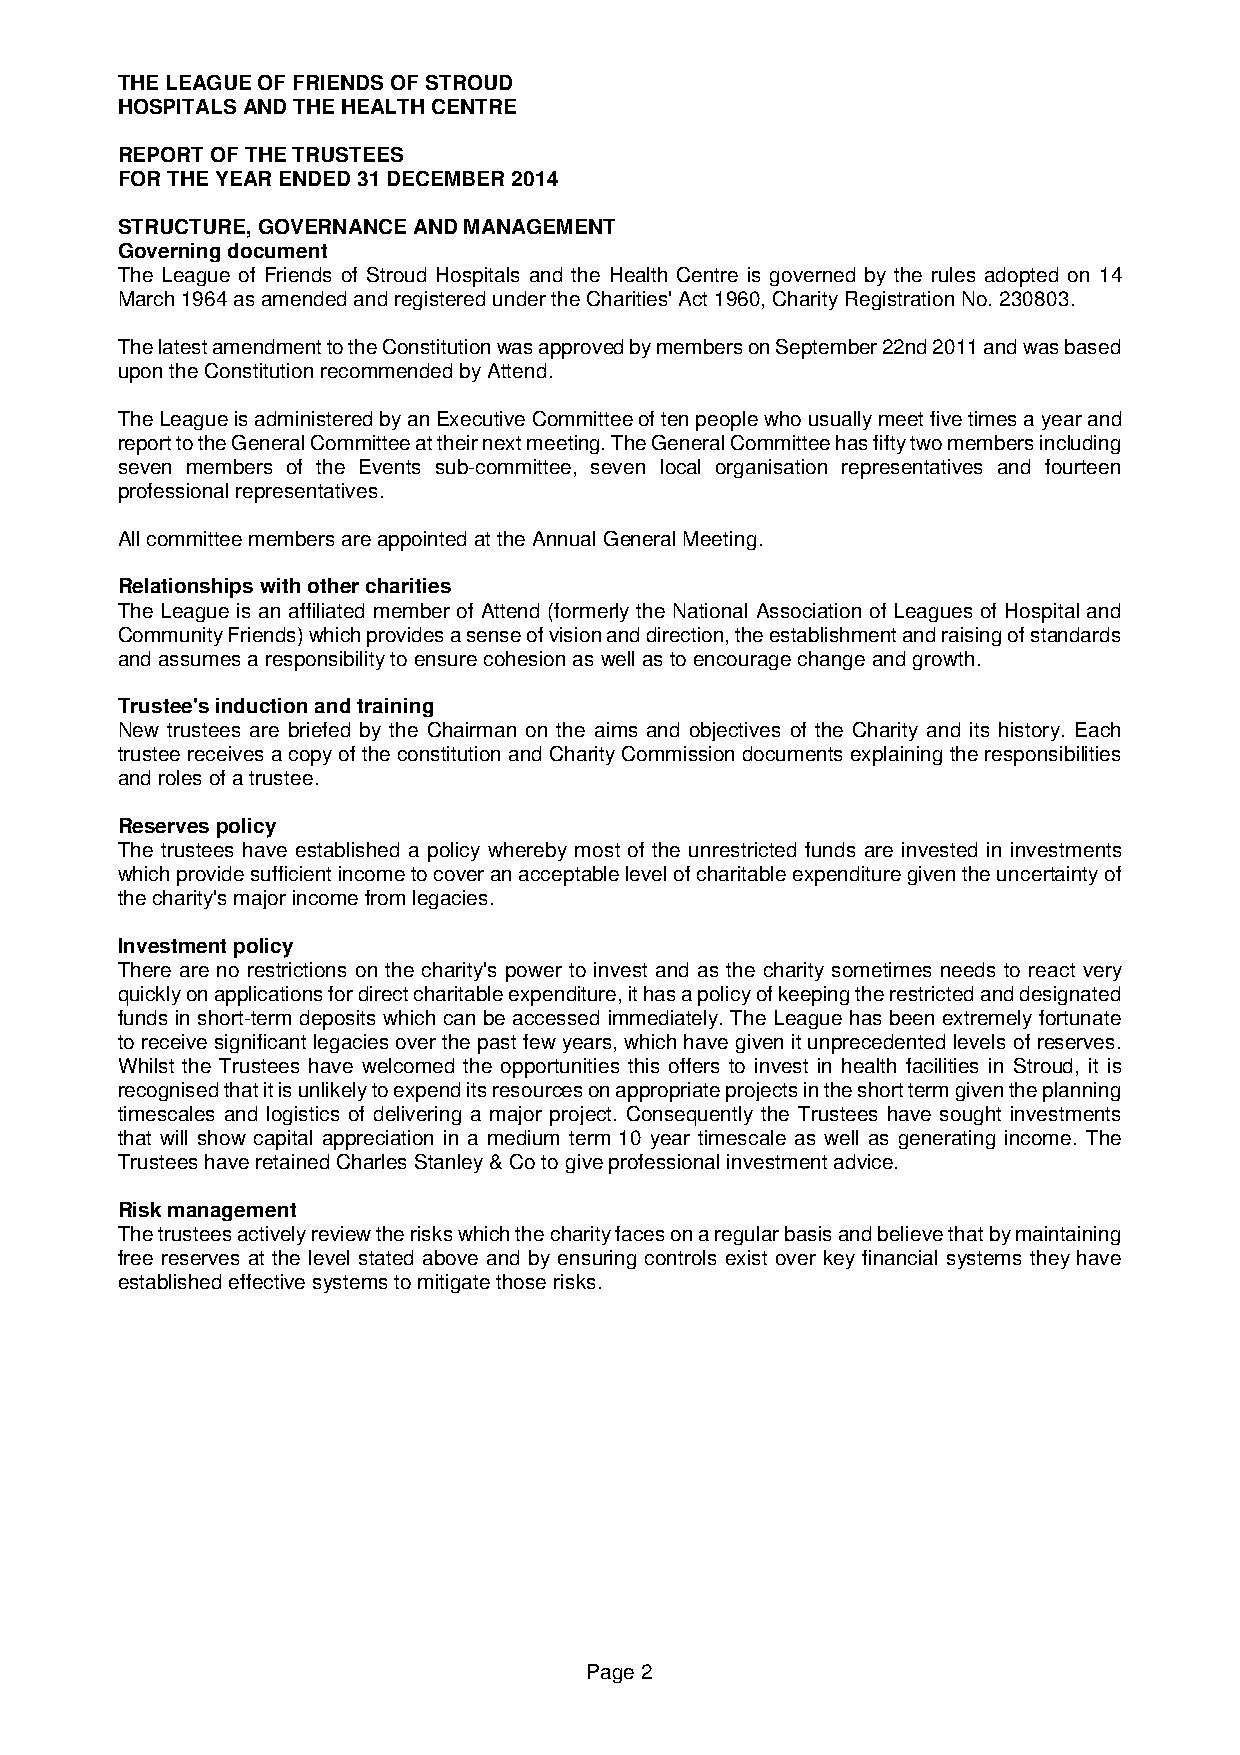
THE LEAGUE OF FRIENDS OF STROUD
 HOSPITALS AND THE HEALTH CENTRE
 REPORT OF THE TRUSTEES
 FOR THE YEAR ENDED 31 DECEMBER 2014
 STRUCTURE, GOVERNANCE AND MANAGEMENT
 Governing document
 The League of Friends of Stroud Hospitals and the Health Centre is governed by the rules adopted on 14
 March 1964 as amended and registered under the Charities' Act 1960, Charity Registration No. 230803.
 The latest amendment to the Constitution was approved by members on September 22nd 2011 and was based
 upon the Constitution recommended by Attend.
 The League is administered by an Executive Committee of ten people who usually meet five times a year and
 report to the General Committee at their next meeting. The General Committee has fifty two members including
 seven members of the Events sub-committee, seven local organisation representatives and fourteen
 professional representatives.
 All committee members are appointed at the Annual General Meeting.
 Relationships with other charities
 The League is an affiliated member of Attend (formerly the National Association of Leagues of Hospital and
 Community Friends) which provides a sense of vision and direction, the establishment and raising of standards
 and assumes a responsibility to ensure cohesion as well as to encourage change and growth.
 Trustee's induction and training
 New trustees are briefed by the Chairman on the aims and objectives of the Charity and its history. Each
 trustee receives a copy of the constitution and Charity Commission documents explaining the responsibilities
 and roles of a trustee.
 Reserves policy
 The trustees have established a policy whereby most of the unrestricted funds are invested in investments
 which provide sufficient income to cover an acceptable level of charitable expenditure given the uncertainty of
 the charity's major income from legacies.
 Investment policy
 There are no restrictions on the charity's power to invest and as the charity sometimes needs to react very
 quickly on applications for direct charitable expenditure, it has a policy of keeping the restricted and designated
 funds in short-term deposits which can be accessed immediately. The League has been extremely fortunate
 to receive significant legacies over the past few years, which have given it unprecedented levels of reserves.
 Whilst the Trustees have welcomed the opportunities this offers to invest in health facilities in Stroud, it is
 recognised that it is unlikely to expend its resources on appropriate projects in the short term given the planning
 timescales and logistics of delivering a major project. Consequently the Trustees have sought investments
 that will show capital appreciation in a medium term 10 year timescale as well as generating income. The
 Trustees have retained Charles Stanley & Co to give professional investment advice.
 Risk management
 The trustees actively review the risks which the charity faces on a regular basis and believe that by maintaining
 free reserves at the level stated above and by ensuring controls exist over key financial systems they have
 established effective systems to mitigate those risks.
 Page 2